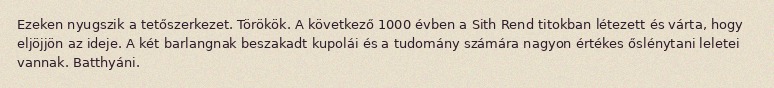
Ezeken nyugszik a tetőszerkezet. Törökök. A következő 1000 évben a Sith Rend titokban létezett és várta, hogy eljöjjön az ideje. A két barlangnak beszakadt kupolái és a tudomány számára nagyon értékes őslénytani leletei vannak. Batthyáni.